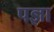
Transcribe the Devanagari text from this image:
पज्ञा